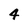
Character: 4